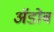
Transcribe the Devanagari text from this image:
अॅडोब